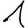
Digit: 1